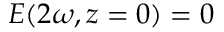
E ( 2 \omega , z = 0 ) = 0